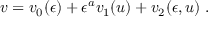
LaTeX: v = v _ { 0 } ( \epsilon ) + \epsilon ^ { a } v _ { 1 } ( u ) + v _ { 2 } ( \epsilon , u ) \ .